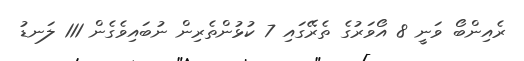
ރެއިންބޯ ވަނީ 8 އޯވަރުގެ ތެރޭގައި 7 ކުޅުންތެރިން ނުބައިވެގެން 111 ލަނޑު